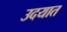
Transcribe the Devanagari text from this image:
उदयात